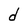
Character: d